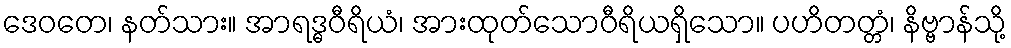
ဒေဝတေ၊ နတ်သား။ အာရဒ္ဓဝီရိယံ၊ အားထုတ်သောဝီရိယရှိသော။ ပဟိတတ္တံ၊ နိဗ္ဗာန်သို့